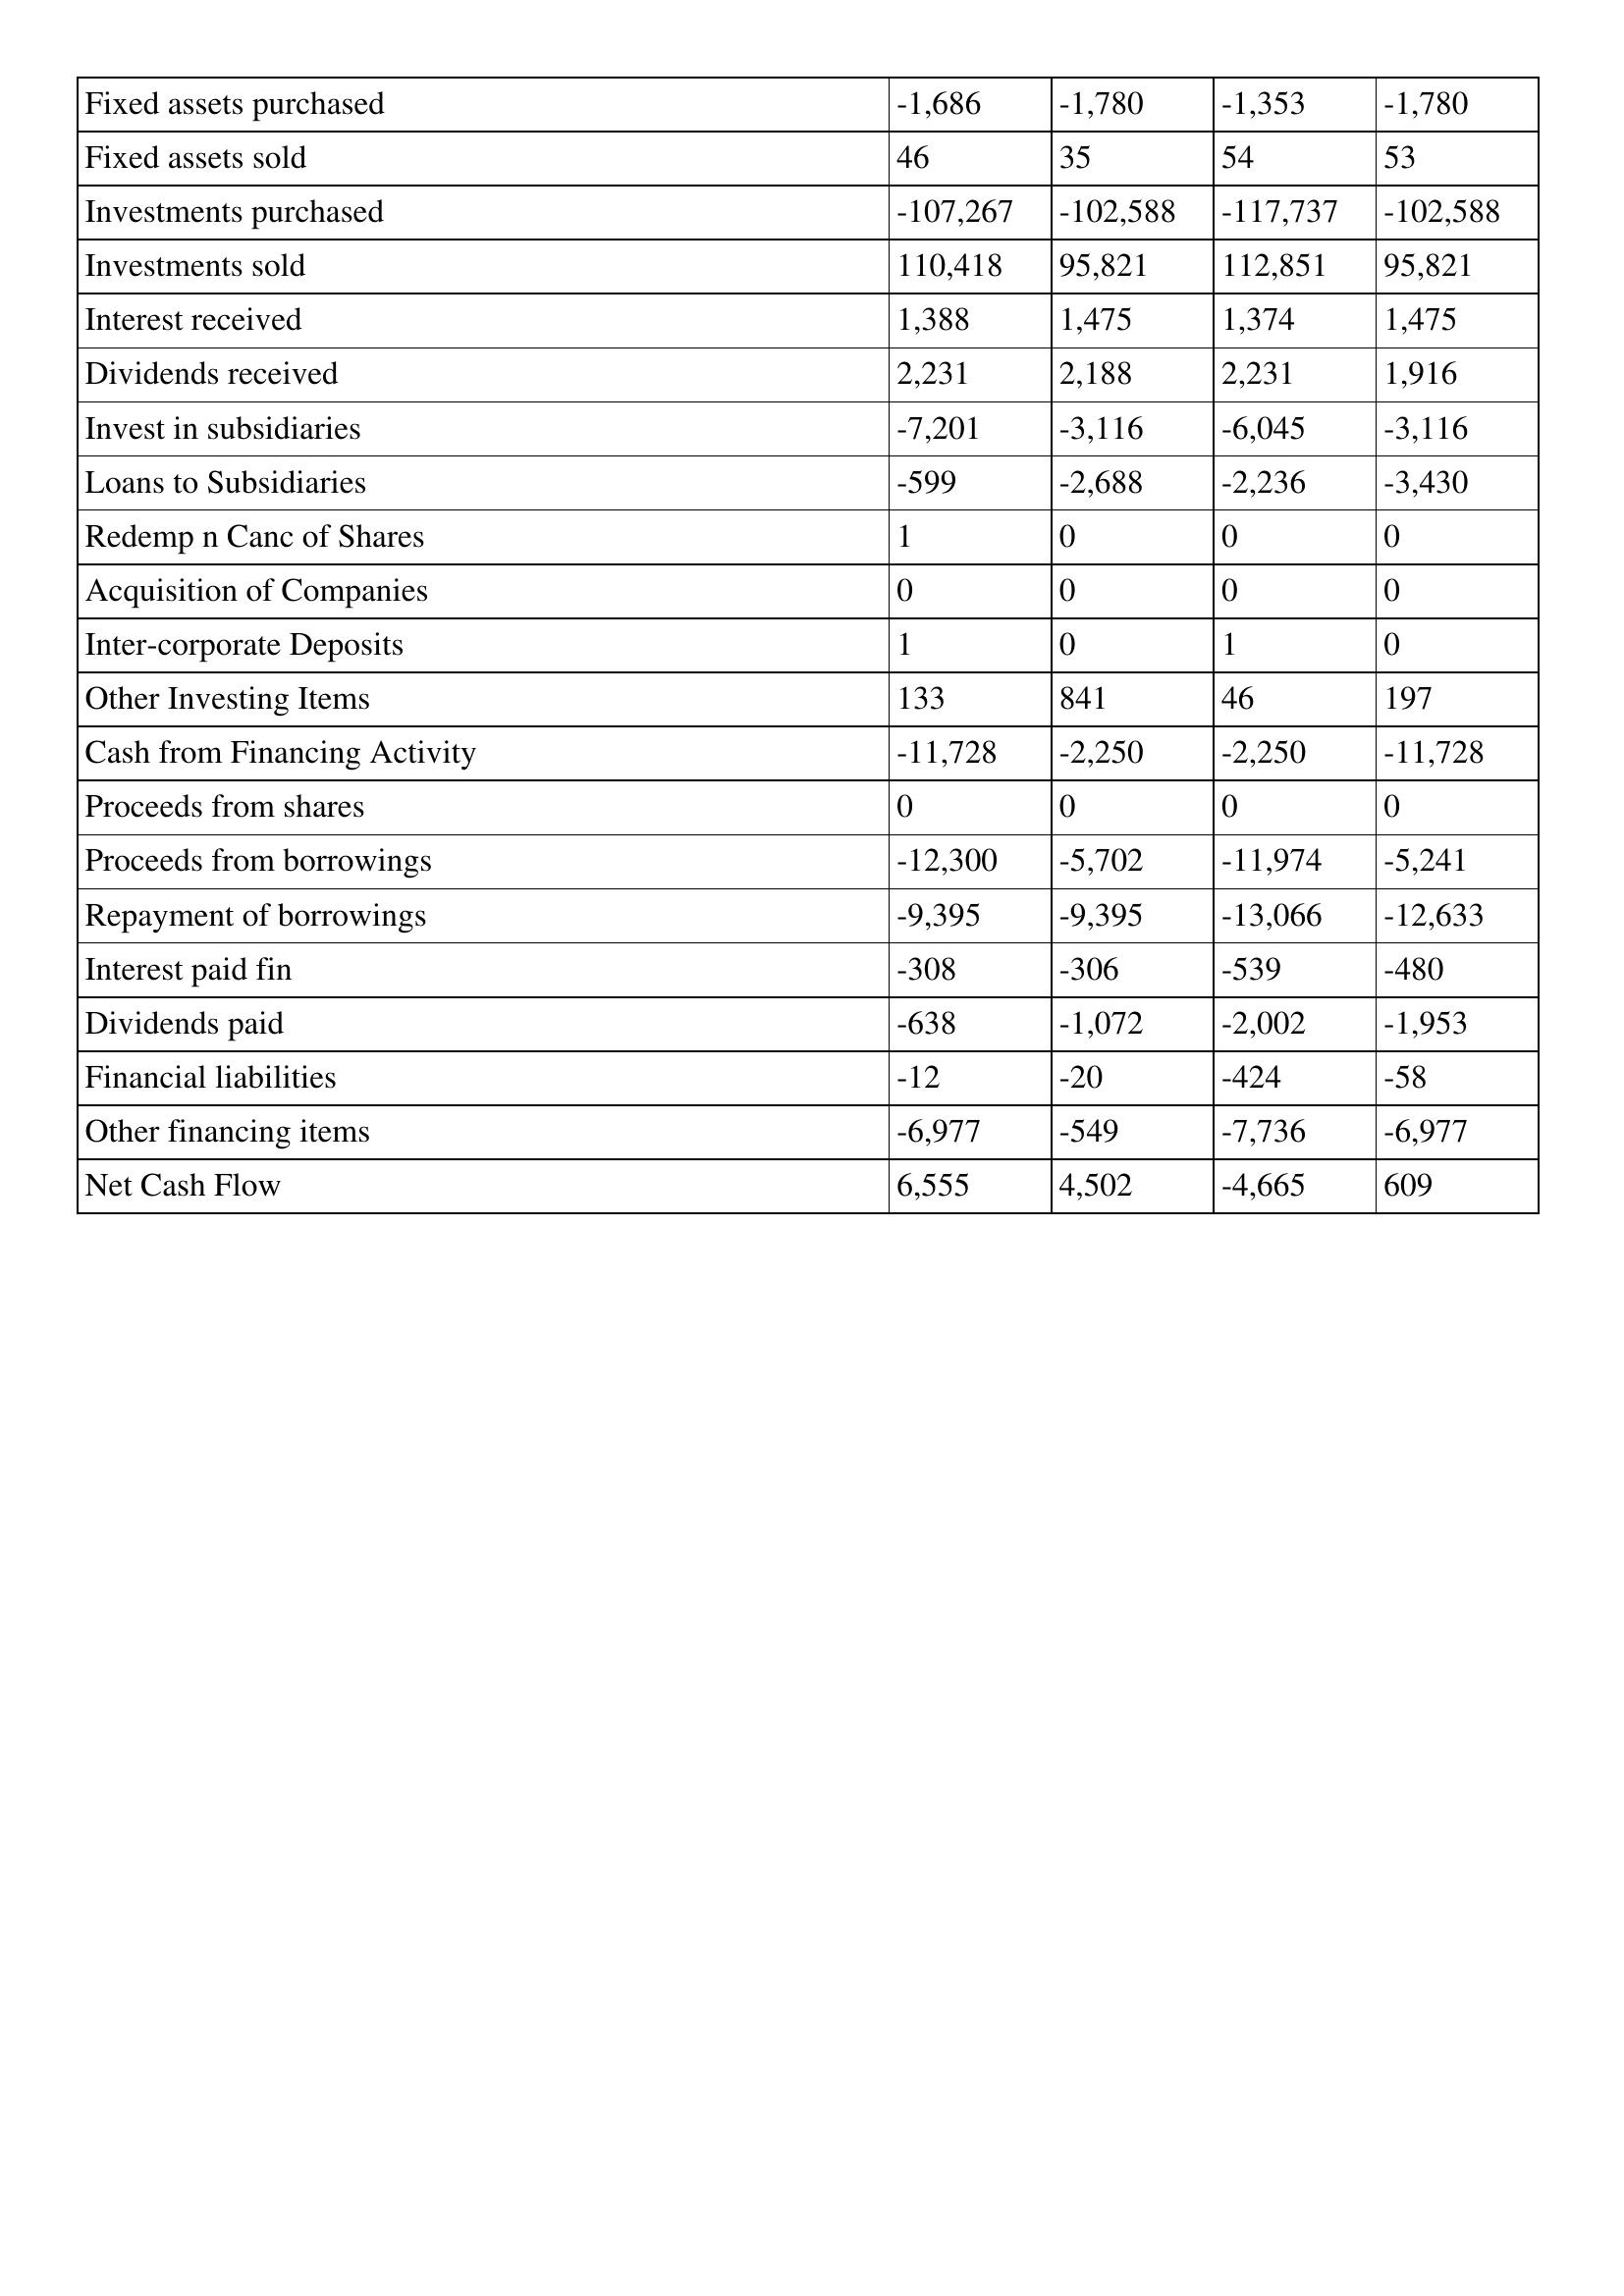
gt_parse: 1994: Cash Flows: Fixed assets purchased: -1,686
Fixed assets sold: 46
Investments purchased: -107,267
Investments sold: 110,418
Interest received: 1,388
Dividends received: 2,231
Invest in subsidiaries: -7,201
Loans to Subsidiaries: -599
Redemp n Canc of Shares: 1
Acquisition of Companies: 0
Inter-corporate Deposits: 1
Other Investing Items: 133
Cash from Financing Activity: -11,728
Proceeds from shares: 0
Proceeds from borrowings: -12,300
Repayment of borrowings: -9,395
Interest paid fin: -308
Dividends paid: -638
Financial liabilities: -12
Other financing items: -6,977
Net Cash Flow: 6,555
1993: Cash Flows: Fixed assets purchased: -1,780
Fixed assets sold: 35
Investments purchased: -102,588
Investments sold: 95,821
Interest received: 1,475
Dividends received: 2,188
Invest in subsidiaries: -3,116
Loans to Subsidiaries: -2,688
Redemp n Canc of Shares: 0
Acquisition of Companies: 0
Inter-corporate Deposits: 0
Other Investing Items: 841
Cash from Financing Activity: -2,250
Proceeds from shares: 0
Proceeds from borrowings: -5,702
Repayment of borrowings: -9,395
Interest paid fin: -306
Dividends paid: -1,072
Financial liabilities: -20
Other financing items: -549
Net Cash Flow: 4,502
1992: Cash Flows: Fixed assets purchased: -1,353
Fixed assets sold: 54
Investments purchased: -117,737
Investments sold: 112,851
Interest received: 1,374
Dividends received: 2,231
Invest in subsidiaries: -6,045
Loans to Subsidiaries: -2,236
Redemp n Canc of Shares: 0
Acquisition of Companies: 0
Inter-corporate Deposits: 1
Other Investing Items: 46
Cash from Financing Activity: -2,250
Proceeds from shares: 0
Proceeds from borrowings: -11,974
Repayment of borrowings: -13,066
Interest paid fin: -539
Dividends paid: -2,002
Financial liabilities: -424
Other financing items: -7,736
Net Cash Flow: -4,665
1991: Cash Flows: Fixed assets purchased: -1,780
Fixed assets sold: 53
Investments purchased: -102,588
Investments sold: 95,821
Interest received: 1,475
Dividends received: 1,916
Invest in subsidiaries: -3,116
Loans to Subsidiaries: -3,430
Redemp n Canc of Shares: 0
Acquisition of Companies: 0
Inter-corporate Deposits: 0
Other Investing Items: 197
Cash from Financing Activity: -11,728
Proceeds from shares: 0
Proceeds from borrowings: -5,241
Repayment of borrowings: -12,633
Interest paid fin: -480
Dividends paid: -1,953
Financial liabilities: -58
Other financing items: -6,977
Net Cash Flow: 609